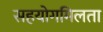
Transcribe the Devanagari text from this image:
सहयोगमिलता